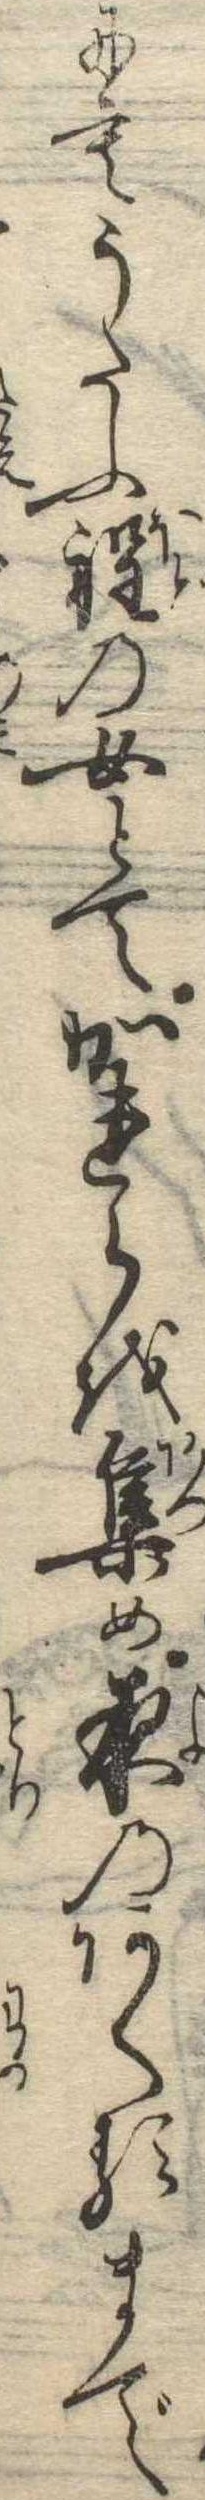
にもうたふ程の女とてかれらを集め夜のあくるまで